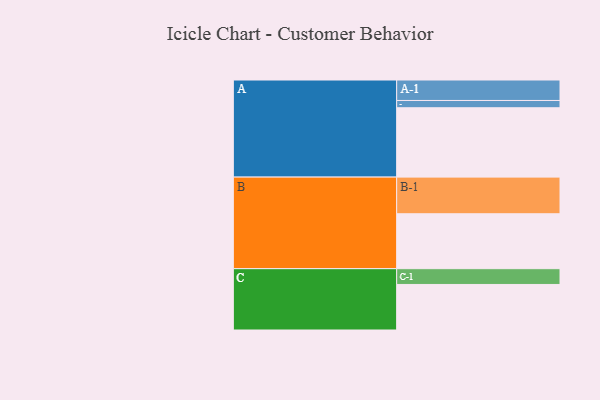
{"axis": {"x": "Segment", "y": "Value"}, "legend": ["", "A", "B", "C"], "data": [{"x": "A", "y": 562, "type": ""}, {"x": "B", "y": 445, "type": ""}, {"x": "C", "y": 369, "type": ""}, {"x": "A-1", "y": 166, "type": "A"}, {"x": "A-2", "y": 59, "type": "A"}, {"x": "B-1", "y": 297, "type": "B"}, {"x": "C-1", "y": 128, "type": "C"}]}